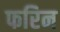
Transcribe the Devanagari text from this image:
फरिन